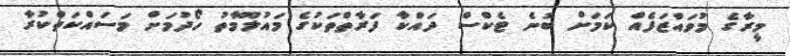
މީރާގެ މުވައްޒަފެއް ކަމަށް ބުނެ ޓެކްސް ދައްކާ ފަރާތްތަކުގެ މައުލޫމާތު ހޯދުމަށް މަސައްކަތްކުރާ